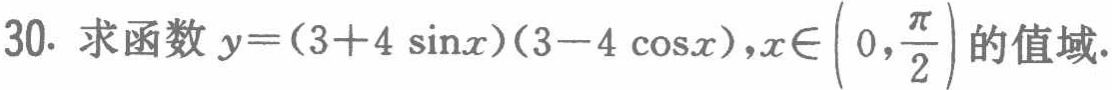
30. 求函数\(y=(3 + 4\sin x)(3 - 4\cos x),x\in\left(0,\frac{\pi}{2}\right)\)的值域.